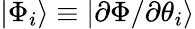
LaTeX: |\Phi_{i}\rangle\equiv|\partial\Phi/\partial\theta_{i}\rangle